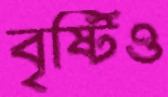
বৃষ্টিও